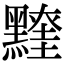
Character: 𪒖